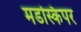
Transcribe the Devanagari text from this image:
मडस्किपर